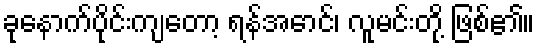
ခုနောက်ပိုင်းကျတော့ ရန်အောင်၊ လူမင်းတို့ ဖြစ်၏။